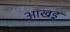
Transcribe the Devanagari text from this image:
आखडू